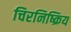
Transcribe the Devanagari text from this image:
चिरनिष्क्रिय